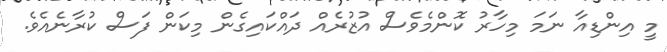
މީ އިންޑިއާ ނަމަ މިހާރު ކޮންމެވެސް އުޒުރެއް ދައްކައިގެން މިކަން ފަސް ކުރާނެއެވެ.